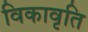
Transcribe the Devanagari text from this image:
विकावृति